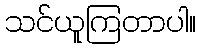
သင်ယူကြတာပါ။